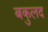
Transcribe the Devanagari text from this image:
बकुलद